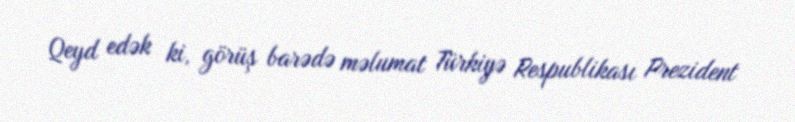
Qeyd edək ki, görüş barədə məlumat Türkiyə Respublikası Prezident